Anatomy and histology of ticks - Number 23
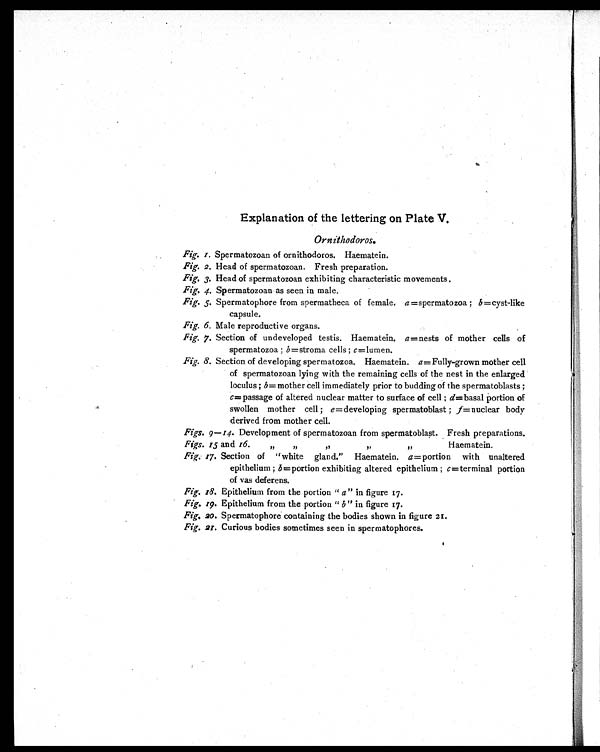
Explanation of the lettering on Plate V.
Ornithodoros.
Fig. 1. Spermatozoan of ornithodoros. Haematein.
Fig. 2. Head of spermatozoan. Fresh preparation.
Fig. 3. Head of spermatozoan exhibiting characteristic movements.
Fig. 4. Spermatozoan as seen in male.
Fig. 5. Spermatophore from spermatheca of female. a =spermatozoa ; b =cyst-like
capsule.
Fig. 6. Male reproductive organs.
Fig. 7. Section of undeveloped testis. Haematein. a =nests of mother cells of
spermatozoa ; b =stroma cells ; c =lumen.
Fig. 8. Section of developing spermatozoa. Haematein. a = Fully-grown mother cell
of spermatozoan lying with the remaining cells of the nest in the enlarged
loculus ; b = mother cell immediately prior to budding of the spermatoblasts ;
c = passage of altered nuclear matter to surface of cell ; d=basal portion of
swollen mother cell ; e =developing spermatoblast ; f=nuclear body
derived from mother cell.
Figs. 9-14. Development of spermatozoan from spermatoblast. Fresh preparations.
Figs. 15 and 16. ,, ,, ,, ,, ,,
Haematein.
Fig. 17. Section of "white gland." Haematein. a = portion with unaltered
epithelium ; b =portion exhibiting altered epithelium ; c =terminal portion
of vas deferens.
Fig. 18. Epithelium from the portion " a " in figure 17.
Fig. 19. Epithelium from the portion " b " in figure 17.
Fig. 20. Spermatophore containing the bodies shown in figure 21.
Fig. 21. Curious bodies sometimes seen in spermatophores.